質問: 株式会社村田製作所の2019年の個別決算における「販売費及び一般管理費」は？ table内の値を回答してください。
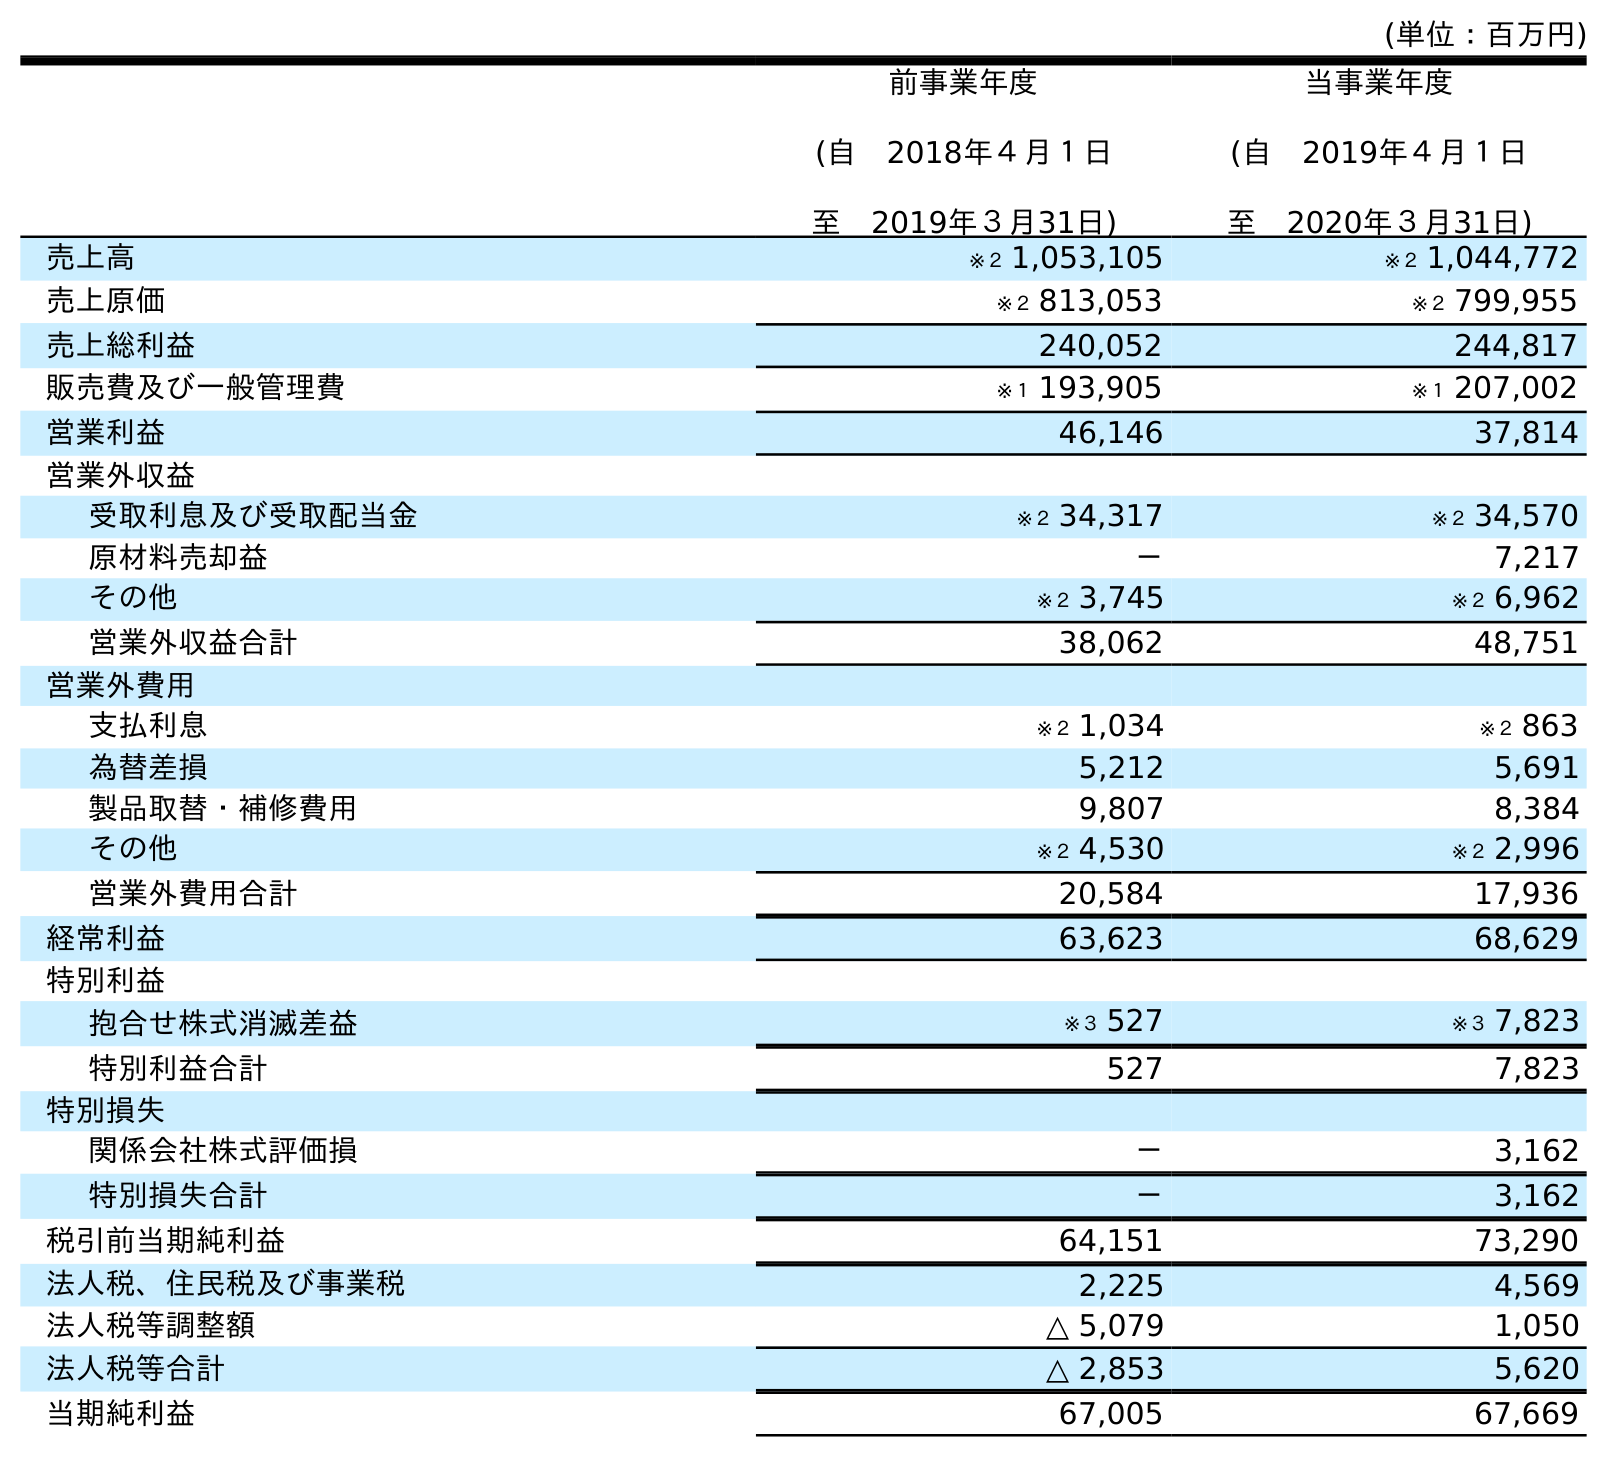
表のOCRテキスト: (単位：百万円) 前事業年度 (自 2018年４月１日 至 2019年３月31日) 当事業年度 (自 2019年４月１日 至 2020年３月31日) 売上高 ※２ 1,053,105 ※２ 1,044,772 売上原価 ※２ 813,053 ※２ 799,955 売上総利益 240,052 244,817 販売費及び一般管理費 ※１ 193,905 ※１ 207,002 営業利益 46,146 37,814 営業外収益 受取利息及び受取配当金 ※２ 34,317 ※２ 34,570 原材料売却益 － 7,217 その他 ※２ 3,745 ※２ 6,962 営業外収益合計 38,062 48,751 営業外費用 支払利息 ※２ 1,034 ※２ 863 為替差損 5,212 5,691 製品取替・補修費用 9,807 8,384 その他 ※２ 4,530 ※２ 2,996 営業外費用合計 20,584 17,936 経常利益 63,623 68,629 特別利益 抱合せ株式消滅差益 ※３ 527 ※３ 7,823 特別利益合計 527 7,823 特別損失 関係会社株式評価損 － 3,162 特別損失合計 － 3,162 税引前当期純利益 64,151 73,290 法人税、住民税及び事業税 2,225 4,569 法人税等調整額 △ 5,079 1,050 法人税等合計 △ 2,853 5,620 当期純利益 67,005 67,669
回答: ※１193,905